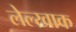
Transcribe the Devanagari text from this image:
लेल्खाक